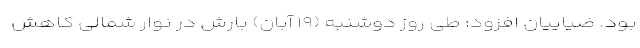
بود. ضیاییان افزود: طی روز دوشنبه (۱۹ آبان) بارش در نوار شمالی کاهش